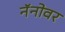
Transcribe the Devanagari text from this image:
नॅनोवर